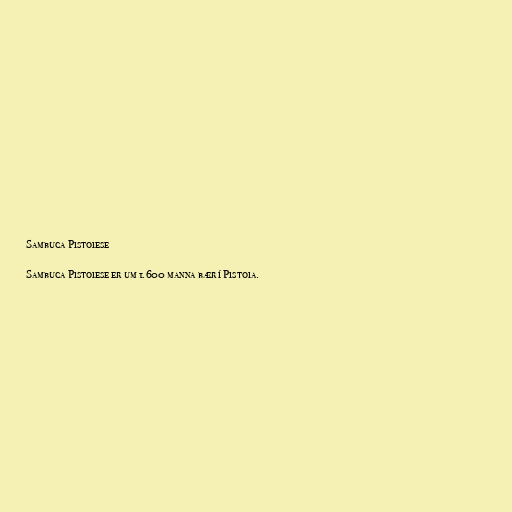
Sambuca Pistoiese

Sambuca Pistoiese er um 1.600 manna bær í Pistoia.